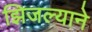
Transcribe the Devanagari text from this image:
झिजल्याने